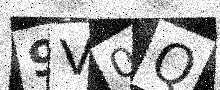
Text: 9V0Q